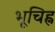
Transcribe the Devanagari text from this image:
भूचिह्न